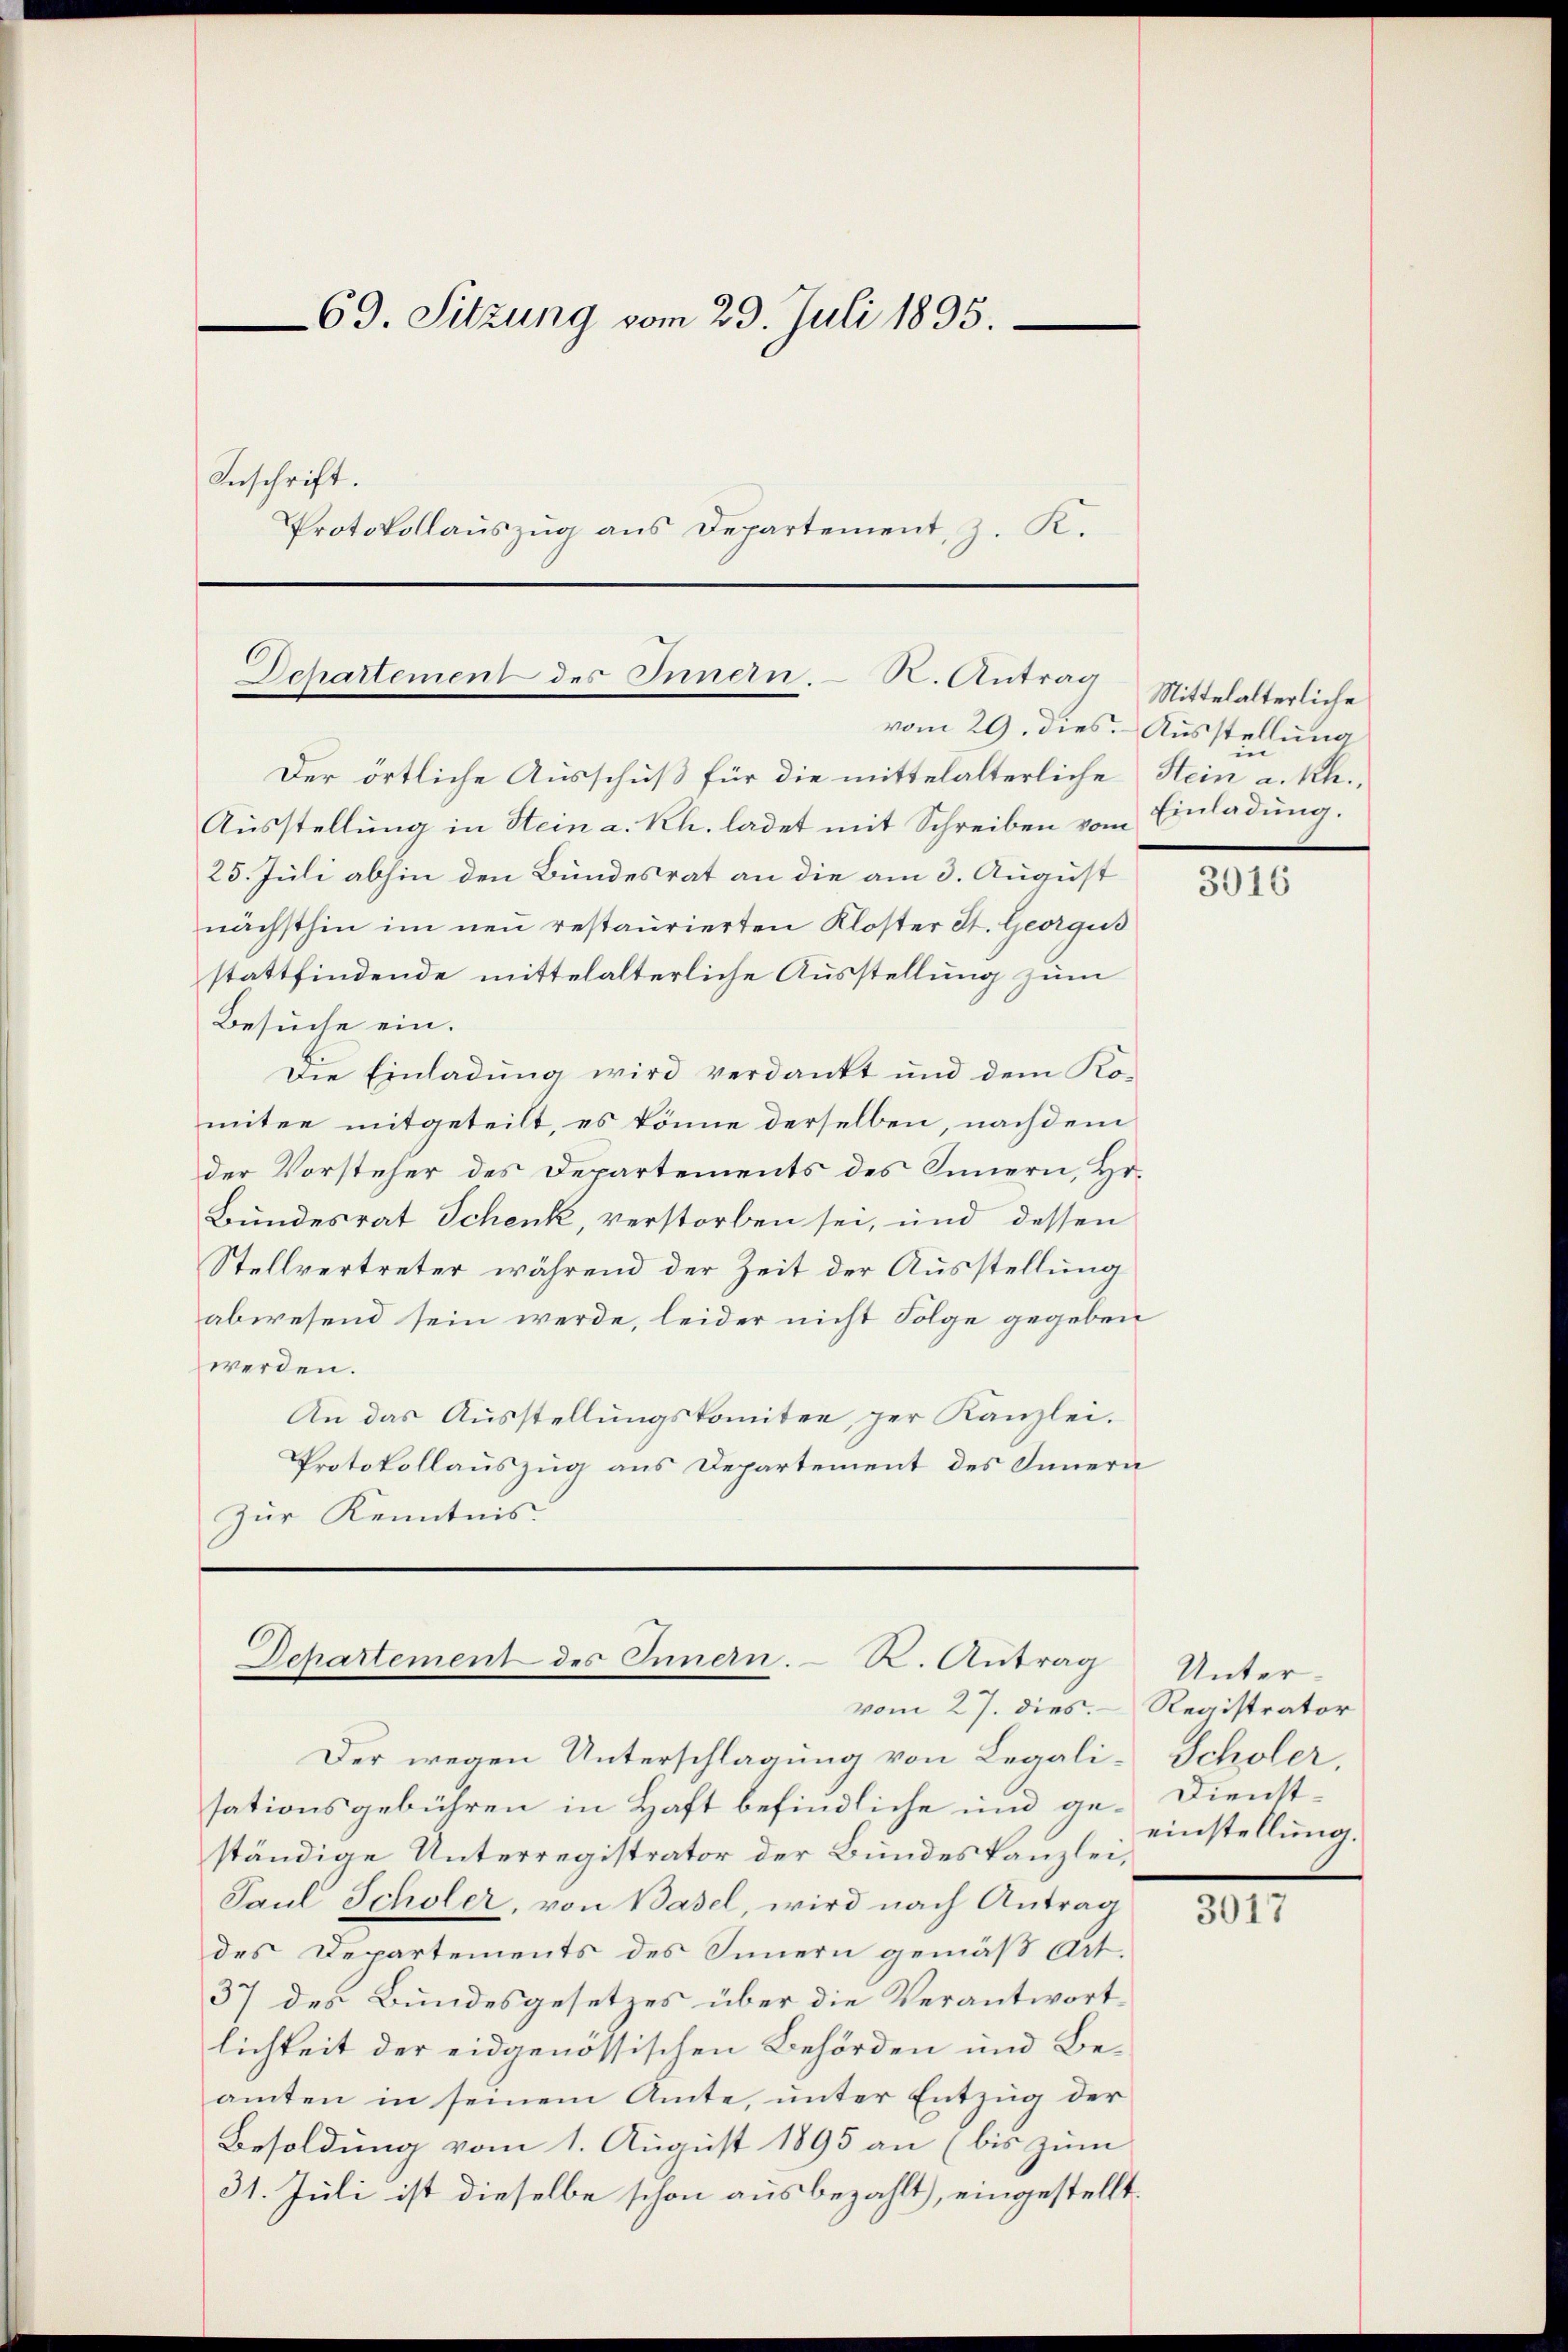
69. Sitzung vom 29. Juli 1895.

Inschrift.
Protokollauszug aus Departement, z. K.

Schallement des Innern. K. Antrag
vom 29. dies. Ausstellung

Der örtliche Ausschuß für die mittelalterliche Stein a. Rh.,
Ausstellung in Stein a. Kl. ladet mit Schreiben vom Einladung.
25. Juli abhin den Bundesrat an die am 3. August
nächsthin im neu restaurierten Kloster St. Georgus
stattfindende mittelalterliche Ausstellung zum
Besuche ein.
Die Einladung wird verdankt und dem Komiter mitgeteilt, es könne derselben, nachdem
der Vorsteher des Departements des Innern, Ho¬
Bundesrat Schenk, verstorben sei, und dessen
Stellvertreter während der Zeit der Ausstellung
abwesend sein werde, leider nicht Folge gegeben
werden.
An das Ausstellungskomitee, per Kanzlei.
Protokollauszug aus Departement des Innern
Zur Kenntnis:

Departement des Innern. R. Antrag

vom 27. dies. - Registrator
Der wegen Unterschlagung von Legalisationsgebühren in Haft befindliche und ge-Dienstständige Unterregistrator der Bundeskanzlei,
Paul Scholer, von Basel, wird nach Antrag
des Departements des Innern gemäß Art.
37 des Bundesgesetzes über die Verantwortlichkeit der eidgenössischen Behörden und Beamten in seinem Amte, unter Entzug der
Besoldung vom 1. August 1895 an (bis zum
31. Juli ist dieselbe schon ausbezahlt, eingestellt.

Nittelalterliche
e
e

3016

Unter¬
Scholer,
einstellung.

3017